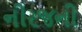
નીરજની